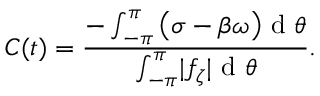
C ( t ) = \frac { - \int _ { - \pi } ^ { \pi } \big ( \sigma - \beta \omega \big ) \mathrm { ~ d ~ } \theta } { \int _ { - \pi } ^ { \pi } \lvert f _ { \zeta } \vert \mathrm { ~ d ~ } \theta } .